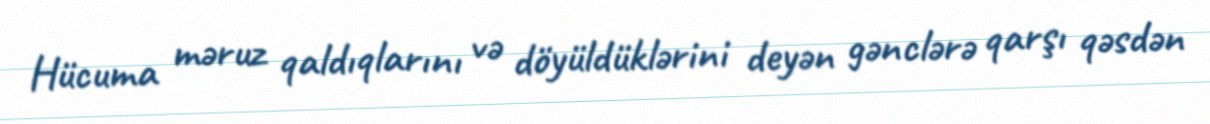
Hücuma məruz qaldıqlarını və döyüldüklərini deyən gənclərə qarşı qəsdən